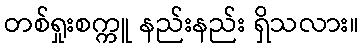
တစ်ရှုးစက္ကူ နည်းနည်း ရှိသလား။